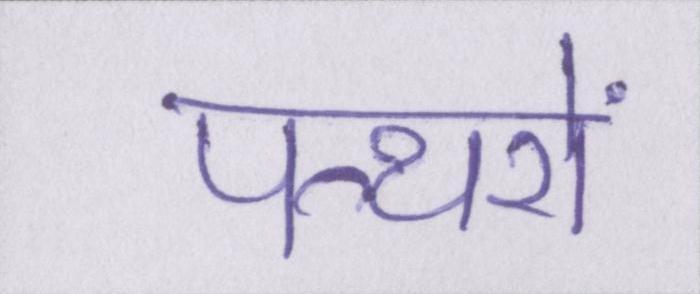
पत्थरों